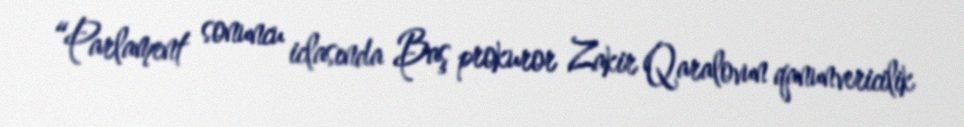
“Parlament sonuncu iclasında Baş prokuror Zakir Qaralovun qanunvericilik